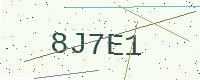
Text: 8J7E1